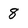
Character: 8